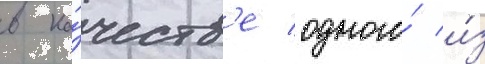
в ка́честв'е одного́ и́з